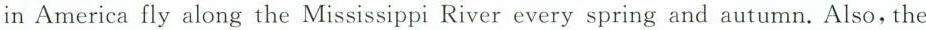
in America fly along the Mississippi River every spring and autumn. Also, the